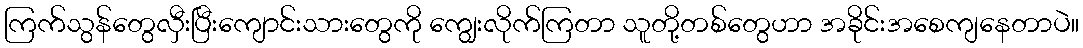
ကြက်သွန်တွေလှီးပြီးကျောင်းသားတွေကို ကျွေးလိုက်ကြတာ သူတို့တစ်တွေဟာ အခိုင်းအစေကျနေတာပဲ။